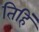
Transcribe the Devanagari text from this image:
तिहिं